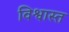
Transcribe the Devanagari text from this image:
विश्वास्त